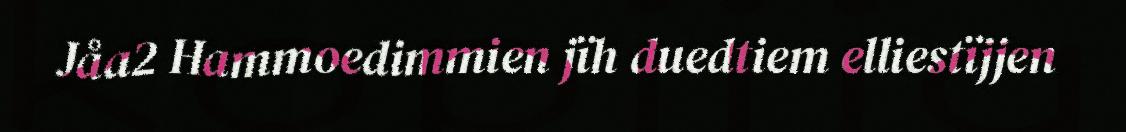
Jåa2 Hammoedimmien jïh duedtiem elliestïjjen